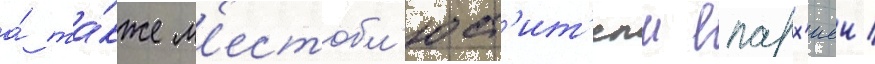
а́ та́кже м'естобл'юст'ит'елм епарх'иеи